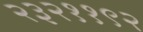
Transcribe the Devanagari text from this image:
२३२११९२